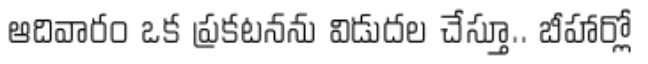
ఆదివారం ఒక ప్రకటనను విడుదల చేస్తూ.. బీహార్లో